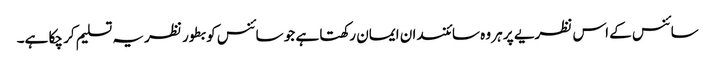
سائنس کے اس نظریے پر ہر وہ سائنسدان ایمان رکھتا ہے جو سائنس کو بطور نظریہ تسلیم کر چکا ہے۔